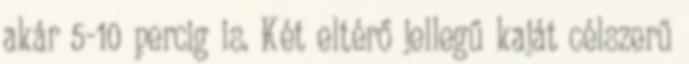
akár 5-10 percig is. Két eltérő jellegű kaját célszerű